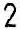
2